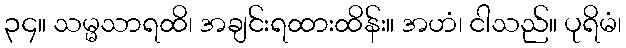
၃၄။ သမ္မသာရထိ၊ အချင်းရထားထိန်း။ အဟံ၊ ငါသည်။ ပုရိမံ၊